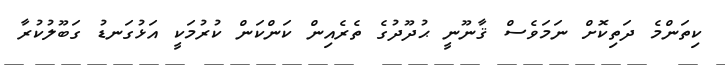
ކިތަންމެ ދަތިކޮށް ނަމަވެސް ޤާނޫނީ ޙުދޫދުގެ ތެރެއިން ކަންކަން ކުރުމަކީ އަޅުގަނޑު ގަބޫލުކުރާ